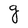
Character: g